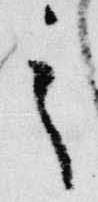
之